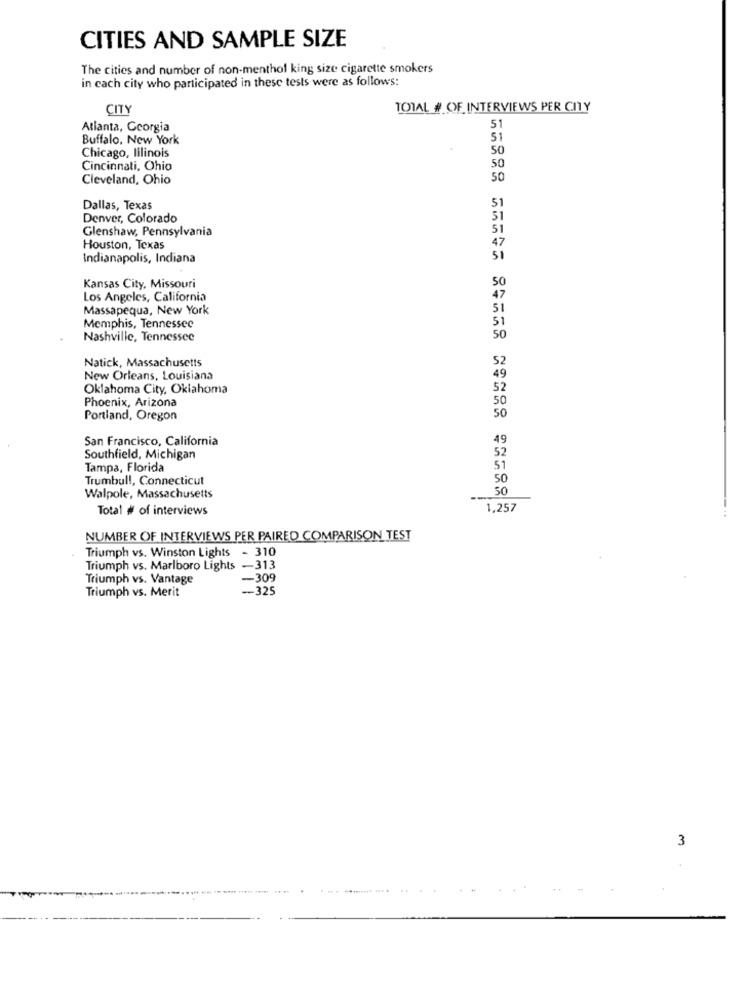
CITIES AND SAMPLE SIZE
The cities and number of non-menthol king size cigarette smokers
in cach city who participated in these tests were as follows:
CITY
TOTAL # OF INTERVIEWS PER CITY
Atlanta, Georgia
5
Buffalo, New York
50
Chicago, lilinois
Cincinnati, Ohio
Cleveland, Ohio
50
Dallas, Texas
Denver, Colorado
Glenshaw, Pennsylvania
Houston, Texas
Indianapolis, Indiana
Kansas City, Missouri
Los Angeles, California
Massapequa, New York
Memphis, Tennessee
Nashville, Tennessee
Natick, Massachusetts
New Orleans, Louisiana
Oklahoma City, Oklahoma
Phoenix, Arizona
Portland, Oregon
San Francisco, California
49
Southfield, Michigan
Tampa, Florida
Trumbull, Connecticut
50
50
Walpole, Massachusetts
Total # of interviews
1,257
NUMBER OF INTERVIEWS PER PAIRED COMPARISON TEST
Triumph vs. Winston Lights - 310
Triumph vs. Marlboro Lights -313
Triumph vs. Vantage
-309
Triumph vs. Merit
-- 325
3